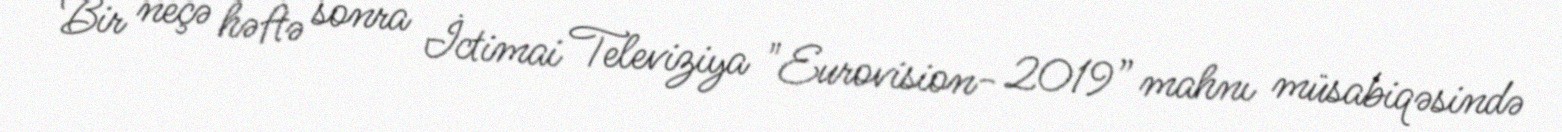
Bir neçə həftə sonra İctimai Televiziya "Eurovision- 2019” mahnı müsabiqəsində